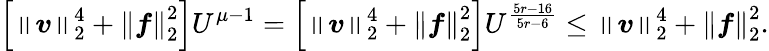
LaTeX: \left[\left\lVert\boldsymbol{v}\right\rVert_{2}^{4}+\left\lVert\boldsymbol{f}\right\rVert_{2}^{2}\right]U^{\mu-1}=\left[\left\lVert\boldsymbol{v}\right\rVert_{2}^{4}+\left\lVert\boldsymbol{f}\right\rVert_{2}^{2}\right]U^{\frac{5r-16}{5r-6}}\leq\left\lVert\boldsymbol{v}\right\rVert_{2}^{4}+\left\lVert\boldsymbol{f}\right\rVert_{2}^{2}.